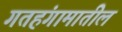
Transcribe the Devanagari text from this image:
गतहंगामातील